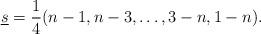
LaTeX: \begin{align*}\underline{s}=\frac14(n-1,n-3,\ldots,3-n,1-n).\end{align*}